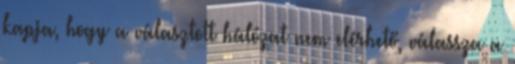
kapja, hogy a választott hálózat nem elérhető, válassza a